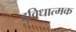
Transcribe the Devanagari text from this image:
दुविधात्मक